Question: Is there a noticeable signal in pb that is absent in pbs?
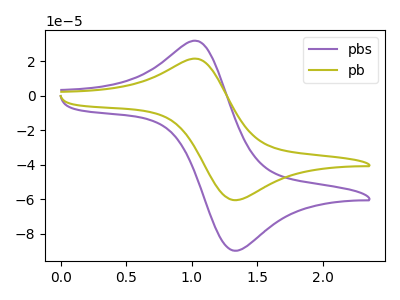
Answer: <think>The purple curve "pbs" has an anodic peak at (1.05V, 31.60uA) and a cathodic peak at (1.35V, -90.00uA). The olive curve "pb" has an anodic peak at (1.05V, 21.30uA) and a cathodic peak at (1.35V, -60.65uA).
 All the peaks in "pb" have a peak in "pbs" at the same potential. Every peak in "pb" is lower than every peak in "pbs".</think>
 <answer>No, "pb" and "pbs" don't appear to be significantly different in shape</answer>
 <eval>no_change</eval>